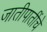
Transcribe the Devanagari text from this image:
जातीपातींचे